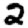
Digit: 2